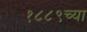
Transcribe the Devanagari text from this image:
१८८९च्या